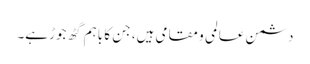
دشمن عالمی و مقامی ہیں، جن کا باہم گٹھ جوڑ ہے۔